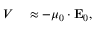
\begin{array} { r l } { V } & { { } \approx - \boldsymbol { \mu } _ { 0 } \cdot \mathbf { E } _ { 0 } , } \end{array}